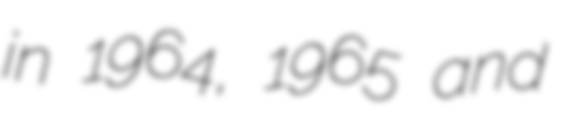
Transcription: in 1964, 1965 and